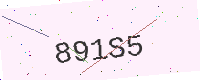
Text: 891S5